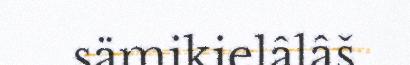
sämikielâlâš